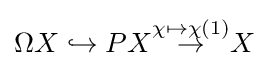
\Omega X\hookrightarrow PX{\overset {\chi \mapsto \chi (1)}{\to }}X